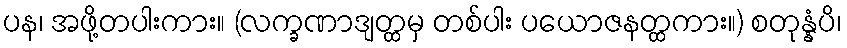
ပန၊ အဖို့တပါးကား။ (လက္ခဏာဒျတ္ထမှ တစ်ပါး ပယောဇနတ္ထကား။) စတုန္နံပိ၊